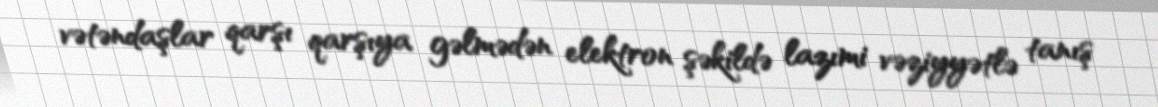
vətəndaşlar qarşı qarşıya gəlmədən elektron şəkildə lazımi vəziyyətlə tanış